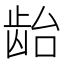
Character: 𱌯